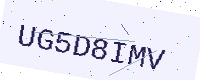
Text: UG5D8IMV